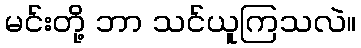
မင်းတို့ ဘာ သင်ယူကြသလဲ။